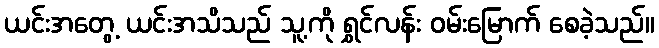
ယင်းအတွေ့ ယင်းအသိသည် သူ့ကို ရွှင်လန်း ဝမ်းမြောက် စေခဲ့သည်။